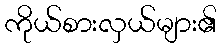
ကိုယ်စားလှယ်များ၏